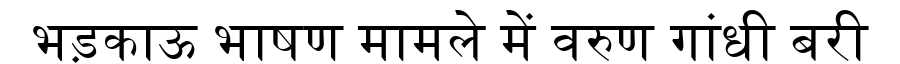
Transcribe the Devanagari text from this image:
भड़काऊ भाषण मामले में वरुण गांधी बरी